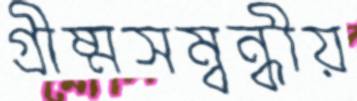
গ্রীষ্মসম্বন্ধীয়